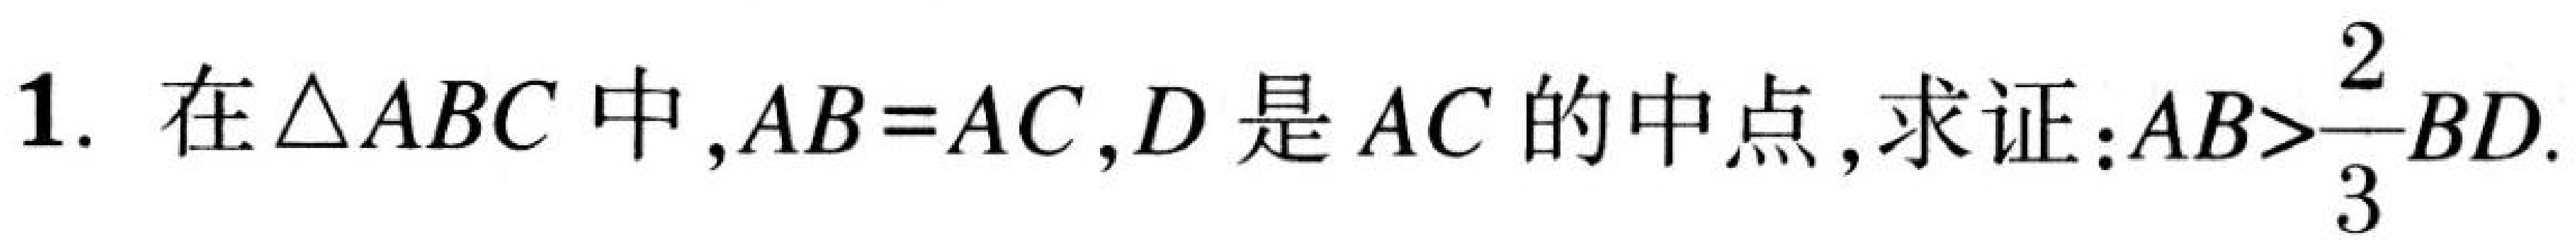
1. 在\(\triangle ABC\)中，\(AB = AC\)，\(D\)是\(AC\)的中点，求证：\(AB>\frac{2}{3}BD\).